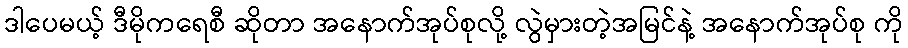
ဒါပေမယ့် ဒီမိုကရေစီ ဆိုတာ အနောက်အုပ်စုလို့ လွဲမှားတဲ့အမြင်နဲ့ အနောက်အုပ်စု ကို